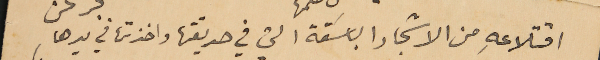
اقتلاعهِ من الاشجار الباسَقة التي في حديقتها واخذتها في يدها